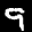
Label: 9